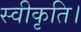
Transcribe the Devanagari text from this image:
स्वीकृति।